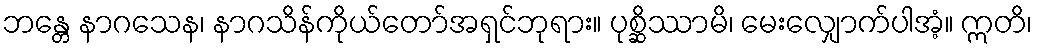
ဘန္တေ နာဂသေန၊ နာဂသိန်ကိုယ်တော်အရှင်ဘုရား။ ပုစ္ဆိဿာမိ၊ မေးလျှောက်ပါအံ့။ ဣတိ၊